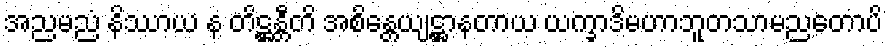
အညမညံ နိဿာယ န တိဋ္ဌန္တီတိ အစိန္တေယျဋ္ဌာနတာယ ယက္ခာဒိမဟာဘူတသာမညတောပိ